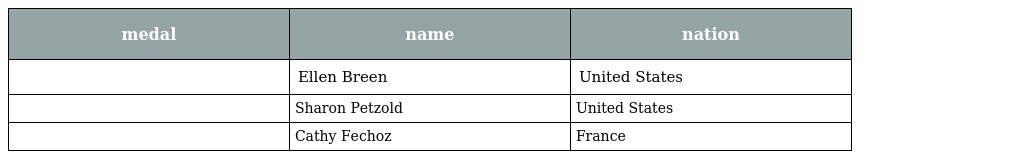
| medal | name | nation |
 | --- | --- | --- |
 |  | Ellen Breen | United States |
 |  | Sharon Petzold | United States |
 |  | Cathy Fechoz | France |